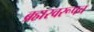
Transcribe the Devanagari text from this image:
ब्रह्मस्वरूपच